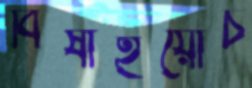
বিষাইয়োচ